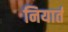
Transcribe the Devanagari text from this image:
नियार्त